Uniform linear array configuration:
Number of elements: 4
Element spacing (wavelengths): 1
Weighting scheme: cosine
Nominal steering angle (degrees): -30
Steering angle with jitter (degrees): -28.889
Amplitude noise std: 0.05
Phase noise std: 0.05

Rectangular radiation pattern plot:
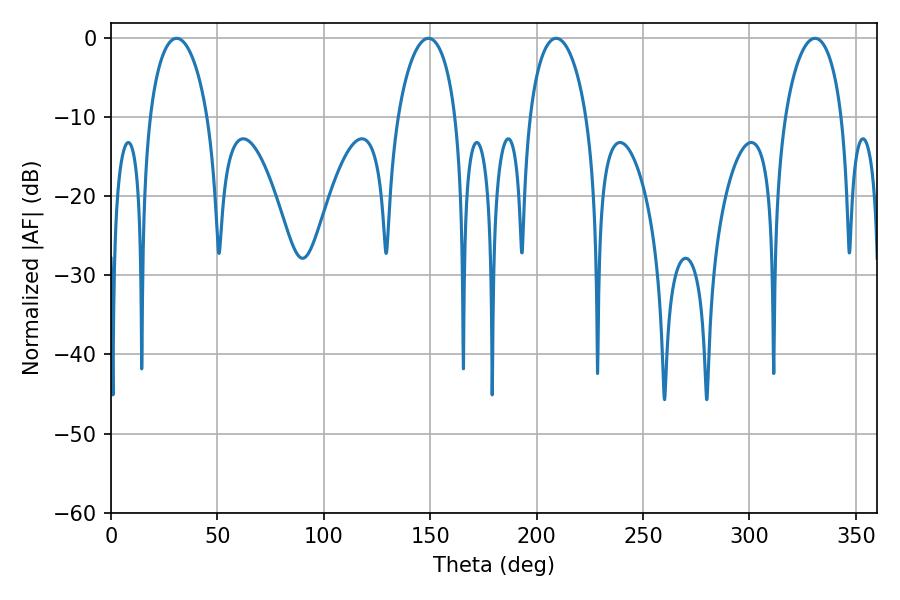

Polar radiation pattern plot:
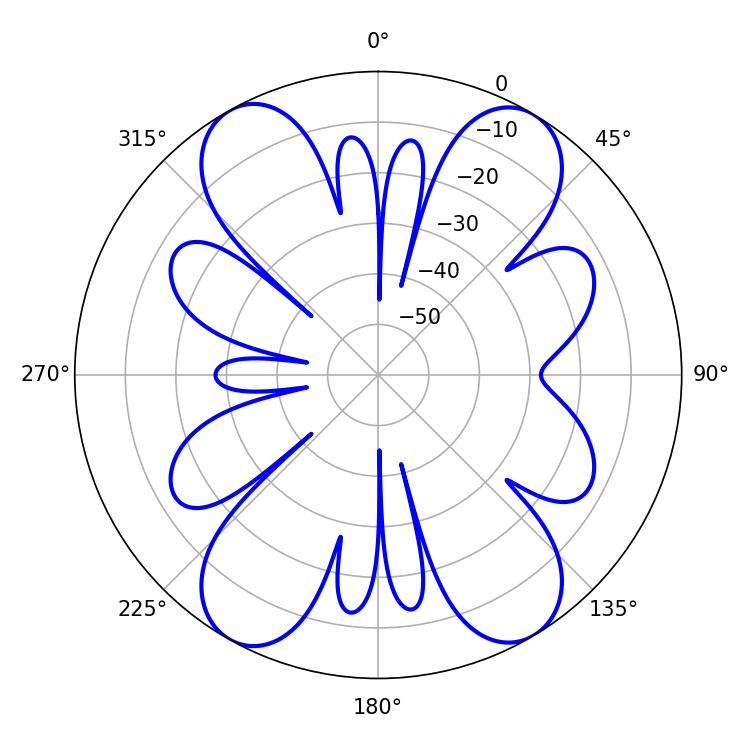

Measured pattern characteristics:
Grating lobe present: TRUE
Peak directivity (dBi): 18.717
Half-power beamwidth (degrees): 15.3
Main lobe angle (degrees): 209.16